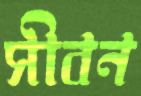
সীবন